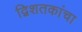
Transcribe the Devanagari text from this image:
द्विशतकांचा